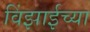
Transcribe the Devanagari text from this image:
विंझाईच्या